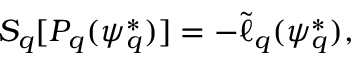
S _ { q } [ P _ { q } ( { \psi _ { q } ^ { * } } ) ] = - \tilde { \ell } _ { q } ( \psi _ { q } ^ { * } ) ,